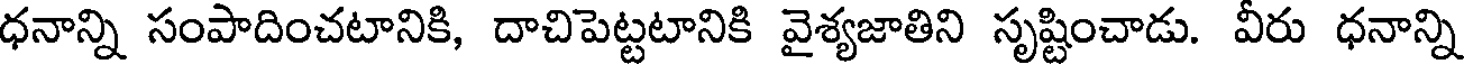
ధనాన్ని సంపాదించటానికి, దాచిపెట్టటానికి వైశ్యజాతిని సృష్టించాడు. వీరు ధనాన్ని